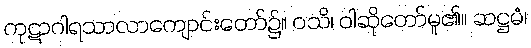
ကုဋာဂါရသာလာကျောင်းတော်၌။ ဝသိ၊ ဝါဆိုတော်မူ၏။ ဆဋ္ဌမံ၊